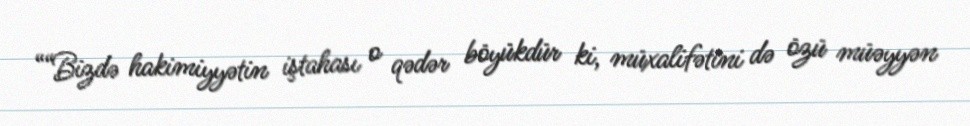
““Bizdə hakimiyyətin iştahası o qədər böyükdür ki, müxalifətini də özü müəyyən